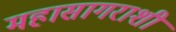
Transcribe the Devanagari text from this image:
महासागराशी